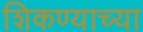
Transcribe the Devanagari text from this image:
शिकण्याच्‍या